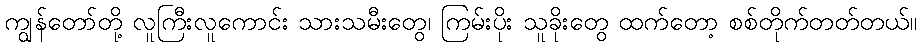
ကျွန်တော်တို့ လူကြီးလူကောင်း သားသမီးတွေ၊ ကြမ်းပိုး သူခိုးတွေ ထက်တော့ စစ်တိုက်တတ်တယ်။